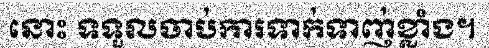
នោះ ទទួលចាប់ការទាក់ទាញ់ខ្លាំង។